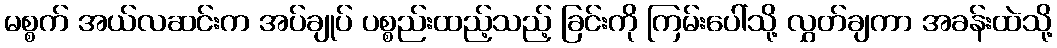
မစ္စက် အယ်လဆင်းက အပ်ချုပ် ပစ္စည်းထည့်သည့် ခြင်းကို ကြမ်းပေါ်သို့ လွှတ်ချကာ အခန်းထဲသို့